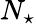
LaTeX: N_{\star}